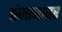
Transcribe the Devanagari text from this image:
पंजाबावर